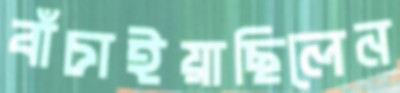
বাঁচাইয়াছিলেন